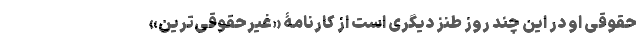
حقوقی او در این چند روز طنز دیگری است از کارنامۀ «غیر‌حقوقی‌ترین»